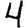
Digit: 4